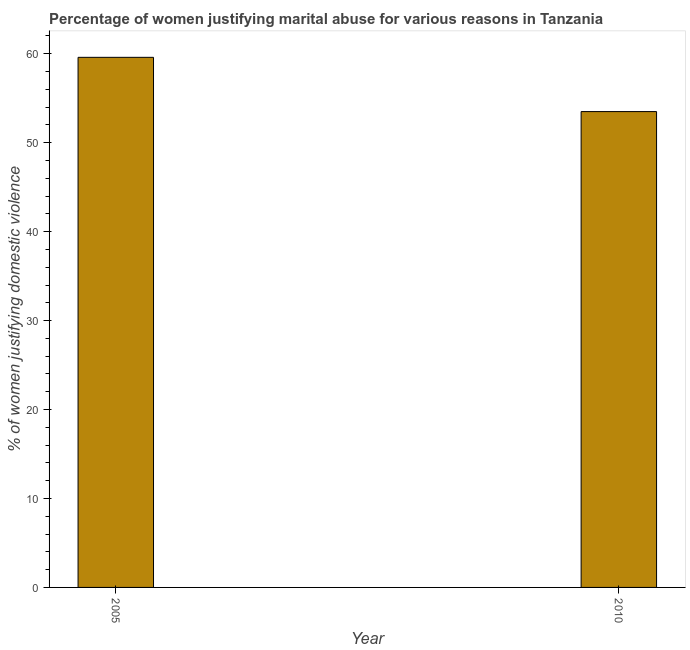
| Year | Physical abuse |
 | --- | --- |
 | 2005 | 59.6 |
 | 2010 | 53.5 |